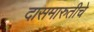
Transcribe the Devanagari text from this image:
दासमारुतीचे